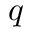
q